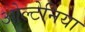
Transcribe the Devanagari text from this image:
ओल्टेनिया